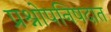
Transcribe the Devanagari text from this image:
प्रश्नोपनिषदात